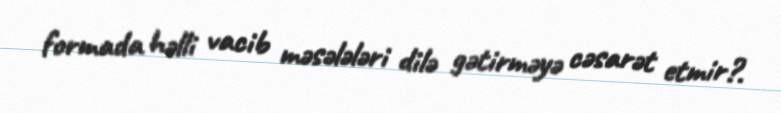
formada həlli vacib məsələləri dilə gətirməyə cəsarət etmir?.